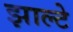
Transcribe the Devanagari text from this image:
झाल्टे